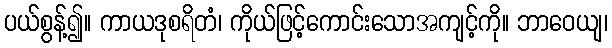
ပယ်စွန့်၍။ ကာယဒုစရိတံ၊ ကိုယ်ဖြင့်ကောင်းသောအကျင့်ကို။ ဘာဝေယျ၊